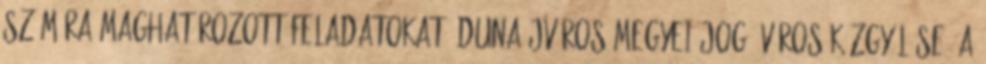
számára maghatározott feladatokat. Dunaújváros Megyei Jogú Város Közgyűlése "a